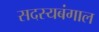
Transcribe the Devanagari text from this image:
सदस्यबंगाल